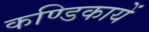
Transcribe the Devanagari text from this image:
कण्डिकायें